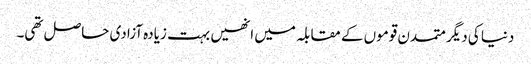
دنیا کی دیگر متمدن قوموں کے مقابلہ میں انھیں بہت زیادہ آزادی حاصل تھی۔